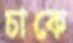
চাকে